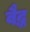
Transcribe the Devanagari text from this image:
वैद्ध